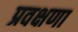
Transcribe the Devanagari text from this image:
प्रवक्षणा